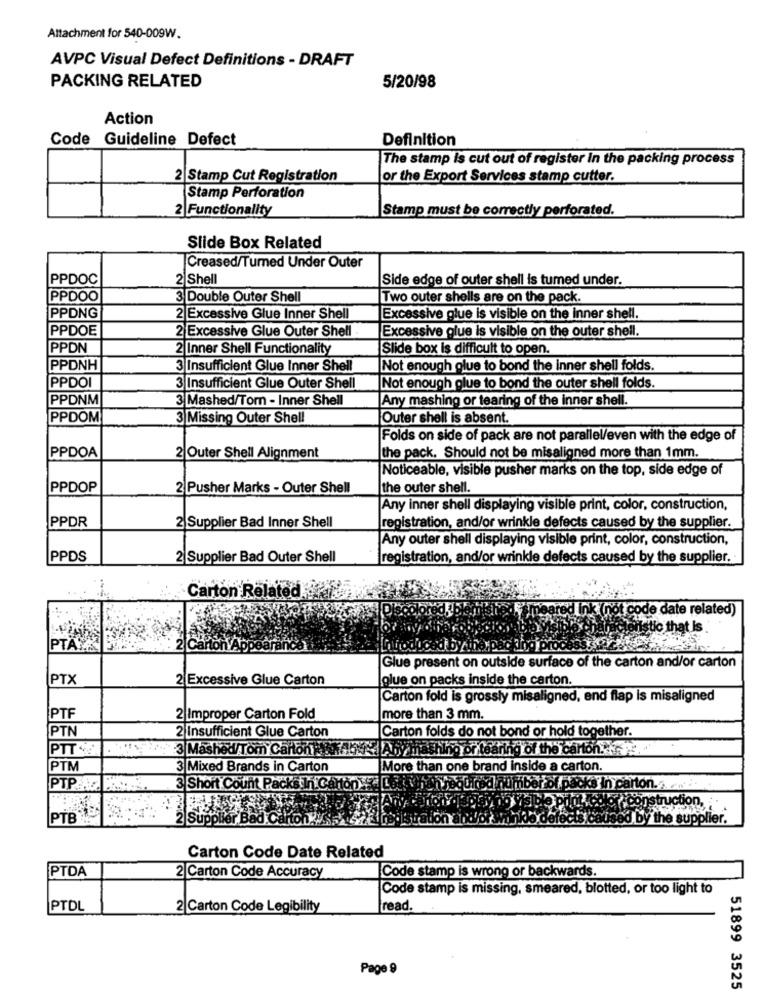
Attachment for 540-009W.
AVPC Visual Defect Definitions - DRAFT
PACKING RELATED
5/20/98
Action
Code Guideline Defect
Definition
The stamp is cut out of register In the packing process
2 Stamp Cut Registration
or the Export Services stamp cutter.
Stamp Perforation
2 Functionality
Stamp must be correctly perforated.
Slide Box Related
Creased/Turned Under Outer
PPDOC
2 Shell
Side edge of outer shell is tumed under.
PPDOO
3 Double Outer Shell
Two outer shells are on the pack.
PPDNG
2 Excessive Glue Inner Shell
Excessive glue is visible on the inner shell.
PPDOE
2 Excessive Glue Outer Shell
Excessive glue is visible on the outer shell.
PPDN
2 Inner Shell Functionality
Slide box is difficult to open.
PPDNH
3 Insufficient Glue Inner Shell
Not enough glue to bond the inner shell folds.
PPDOI
3 Insufficient Glue Outer Shell
Not enough glue to bond the outer shell folds.
PPDNM
3 Mashed/Tom - Inner Shell
Any mashing or tearing of the inner shell.
PPDOM
3 Missing Outer Shell
Outer shell is absent.
Folds on side of pack are not parallel/even with the edge of
PPDOA
2 Outer Shell Alignment
the pack. Should not be misaligned more than 1mm.
Noticeable, visible pusher marks on the top, side edge of
PPDOP
2 Pusher Marks - Outer Shell
the outer shell.
Any inner shell displaying visible print, color, construction,
PPDR
2 Supplier Bad Inner Shell
registration, and/or wrinkle defects caused by the supplier.
Any outer shell displaying visible print, color, construction,
PPDS
2| Supplier Bad Outer Shell
registration, and/or wrinkle defects caused by the supplier.
Carton Related.
e date related)
istic that is
PTAXA
Glue present on outside surface of the carton and/or carton
PTX
2 Excessive Glue Carton
glue on packs inside the carton.
Carton fold is grossly misaligned, end flap is misaligned
PTF
2 Improper Carton Fold
more than 3 mm.
PTN
2 Insufficient Glue Carton
Carton folds do not bond or hold together.
PTT
3 MashedTom CartonRthos
ishing or tearing of the carton. ..
PTM
3 Mixed Brands in Carton
More than one brand inside a carton.
PTP.A
3 Short Count Packs In Carton
of packs in carton .. ..
Bbe pilot odlo , construction,
PTB
2 Supr
used by the supplier.
Carton Code Date Related
PTDA
2 Carton Code Accuracy
Code stamp is wrong or backwards.
Code stamp is missing, smeared, blotted, or too light to
PTDL
2 Carton Code Legibility
read.
Page 9
51899 3525